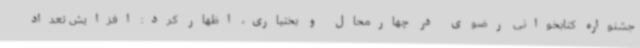
جشنواره کتابخوانی رضوی در چهارمحال و بختیاری، اظهار کرد: افزایش تعداد